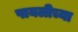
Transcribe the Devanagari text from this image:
पायलीच्या